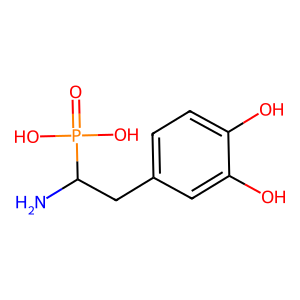
SMILES: NC(Cc1ccc(O)c(O)c1)P(=O)(O)O
Inhibits HIV replication: No